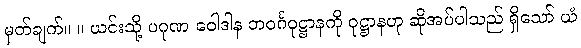
မှတ်ချက်။ ။ ယင်းသို့ ပဂုဏ ဝေါဒါန ဘဝင်္ဂဝုဋ္ဌာနကို ဝုဋ္ဌာနဟု ဆိုအပ်ပါသည် ရှိသော် ယံ